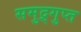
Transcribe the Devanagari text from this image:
समुद्र्गुप्त